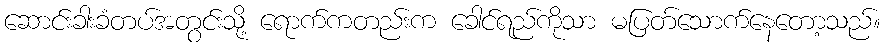
ဆောင်းခါးခံတပ်အတွင်းသို့ ရောက်ကတည်းက ခေါင်ရည်ကိုသာ မပြတ်သောက်နေတော့သည်။